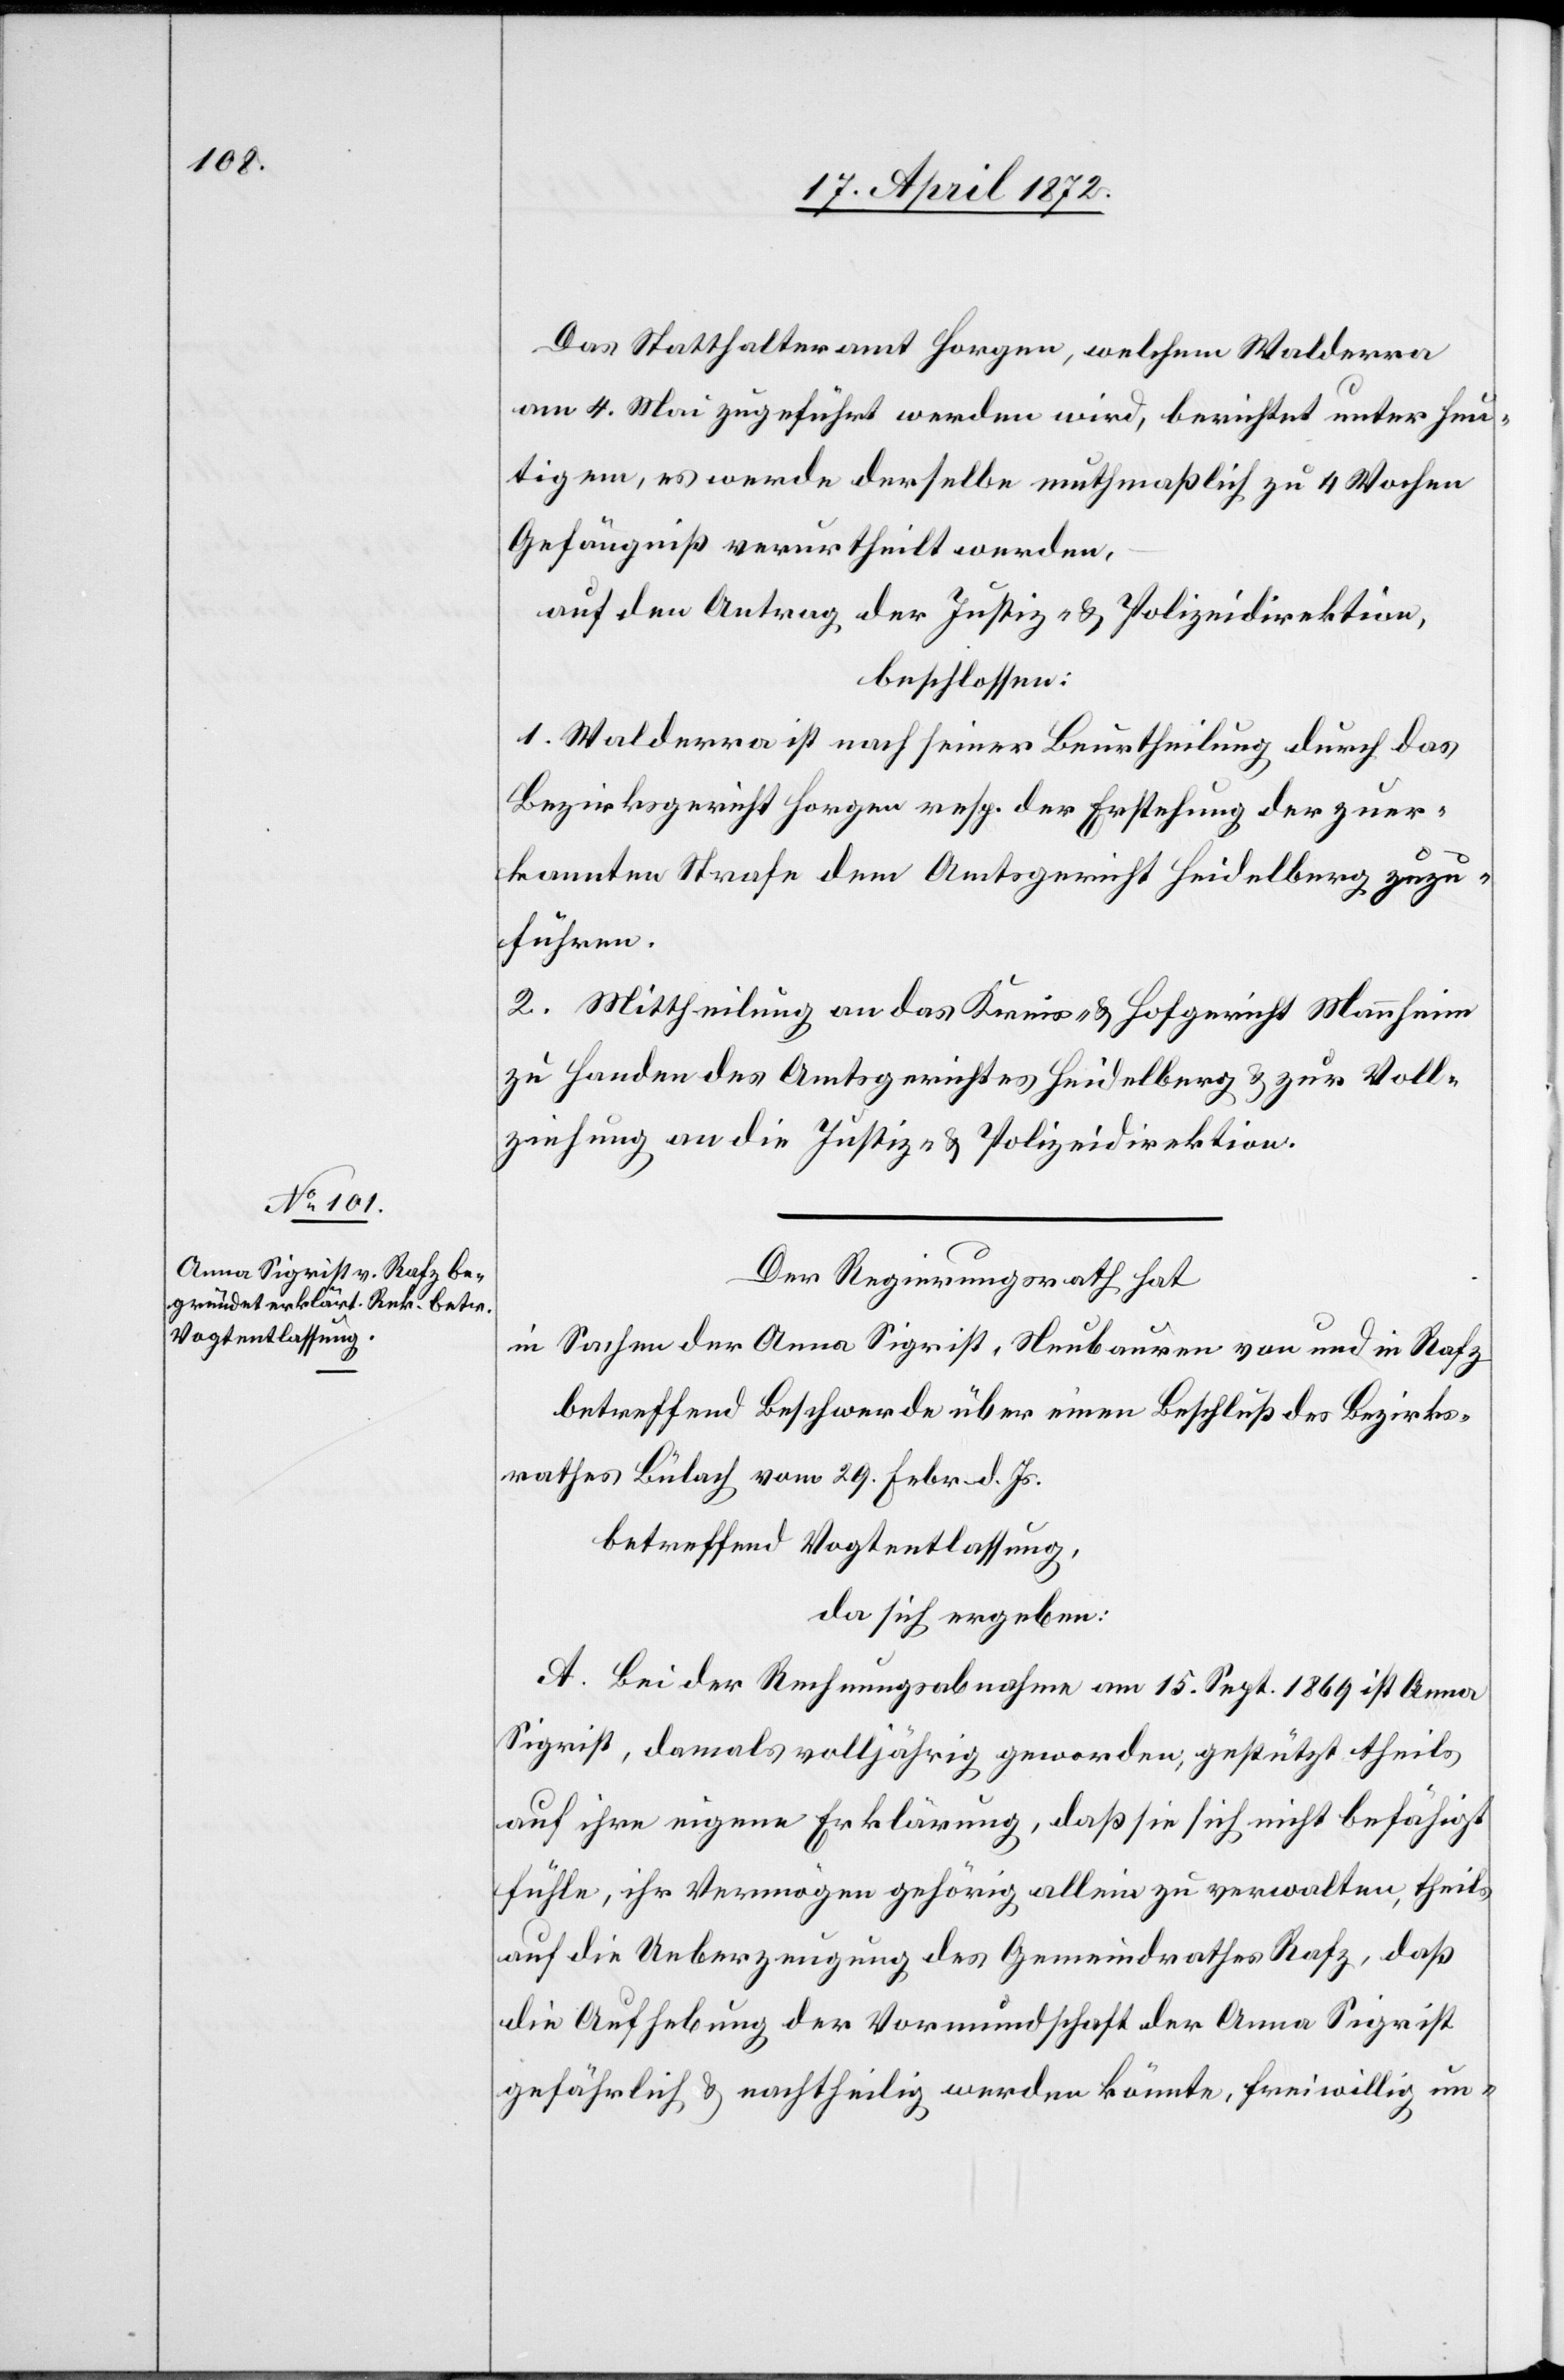
Das Statthalteramt Horgen, welchem Walderra
am 4. Mai zugeführt werden wird, berichtet unter heutigem
[Tage], es werde derselbe muthmaßlich zu 4 Wochen
Gefängniß verurtheilt werden,
auf den Antrag der Justiz- u. Polizeidirektion,
beschlossen:
1. Walderra ist nach seiner Beurtheilung durch das
Bezirksgericht Horgen resp. der Erstehung der zuer¬
kannten Strafe dem Amtsgericht Heidelberg zuzu¬
führen.
2. Mittheilung an das Kreis- u. Hofgericht Mannheim
zu Handen des Amtsgerichtes Heidelberg u. zur Voll¬
ziehung an die Justiz- u. Polizeidirektion.
Der Regierungsrath hat
in Sachen der Anna Sigrist, Neubauren [sic!] von und in Rafz
betreffend Beschwerde über einen Beschluß des Bezirks¬
rathes Bülach vom 29. Febr. d. Js.
betreffend Vogtentlassung,
da sich ergeben:
A. Bei der Rechnungsabnahme am 15. Sept. 1869 ist Anna
Sigrist, damals volljährig geworden, gestützt theils
auf ihre eigene Erklärung, daß sie sich nicht befähigt
fühle, ihr Vermögen gehörig allein zu verwalten, theils
auf die Ueberzeugung des Gemeindrathes Rafz, daß
die Aufhebung der Vormundschaft der Anna Sigrist
gefährlich nachtheilig werden könnte, freiwillig un-